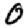
Digit: 0